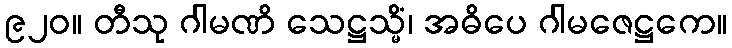
၉၂၀။ တီသု ဂါမဏိ သေဋ္ဌသ္မိံ၊ အဓိပေ ဂါမဇေဋ္ဌကေ။